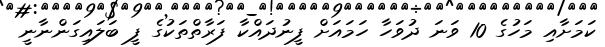
ކަމަށާއި މަހުގެ 10 ވަނަ ދުވަހާ ހަމައަށް ފީނުދައްކާ ފަރާތްތަކުގެ ފީ ބަލައިގަންނާނީ